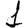
Digit: 1